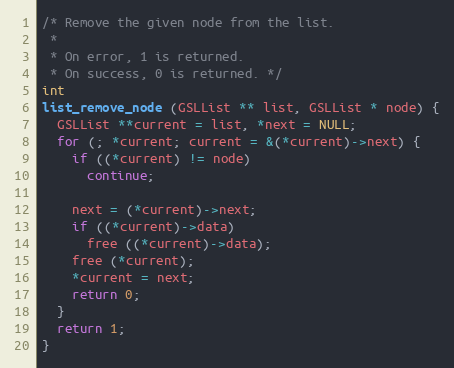
Language: C
/* Remove the given node from the list.
 *
 * On error, 1 is returned.
 * On success, 0 is returned. */
int
list_remove_node (GSLList ** list, GSLList * node) {
  GSLList **current = list, *next = NULL;
  for (; *current; current = &(*current)->next) {
    if ((*current) != node)
      continue;

    next = (*current)->next;
    if ((*current)->data)
      free ((*current)->data);
    free (*current);
    *current = next;
    return 0;
  }
  return 1;
}